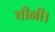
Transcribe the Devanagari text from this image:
चीनी।